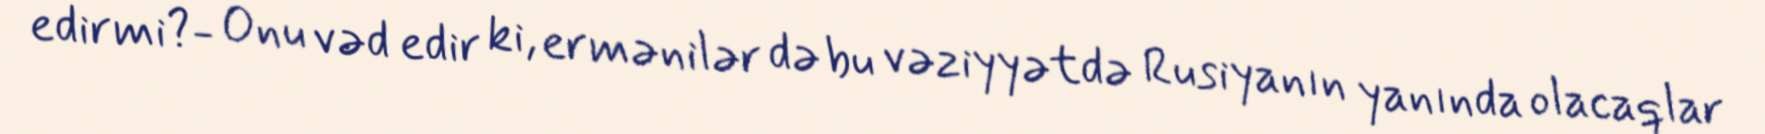
edirmi?- Onu vəd edir ki, ermənilər də bu vəziyyətdə Rusiyanın yanında olacaqlar